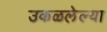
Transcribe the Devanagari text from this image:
उकळलेल्या